NAE_ERA_R-2632_ENSV_TA_Emakeele_Selts_1945-1955, lk 117
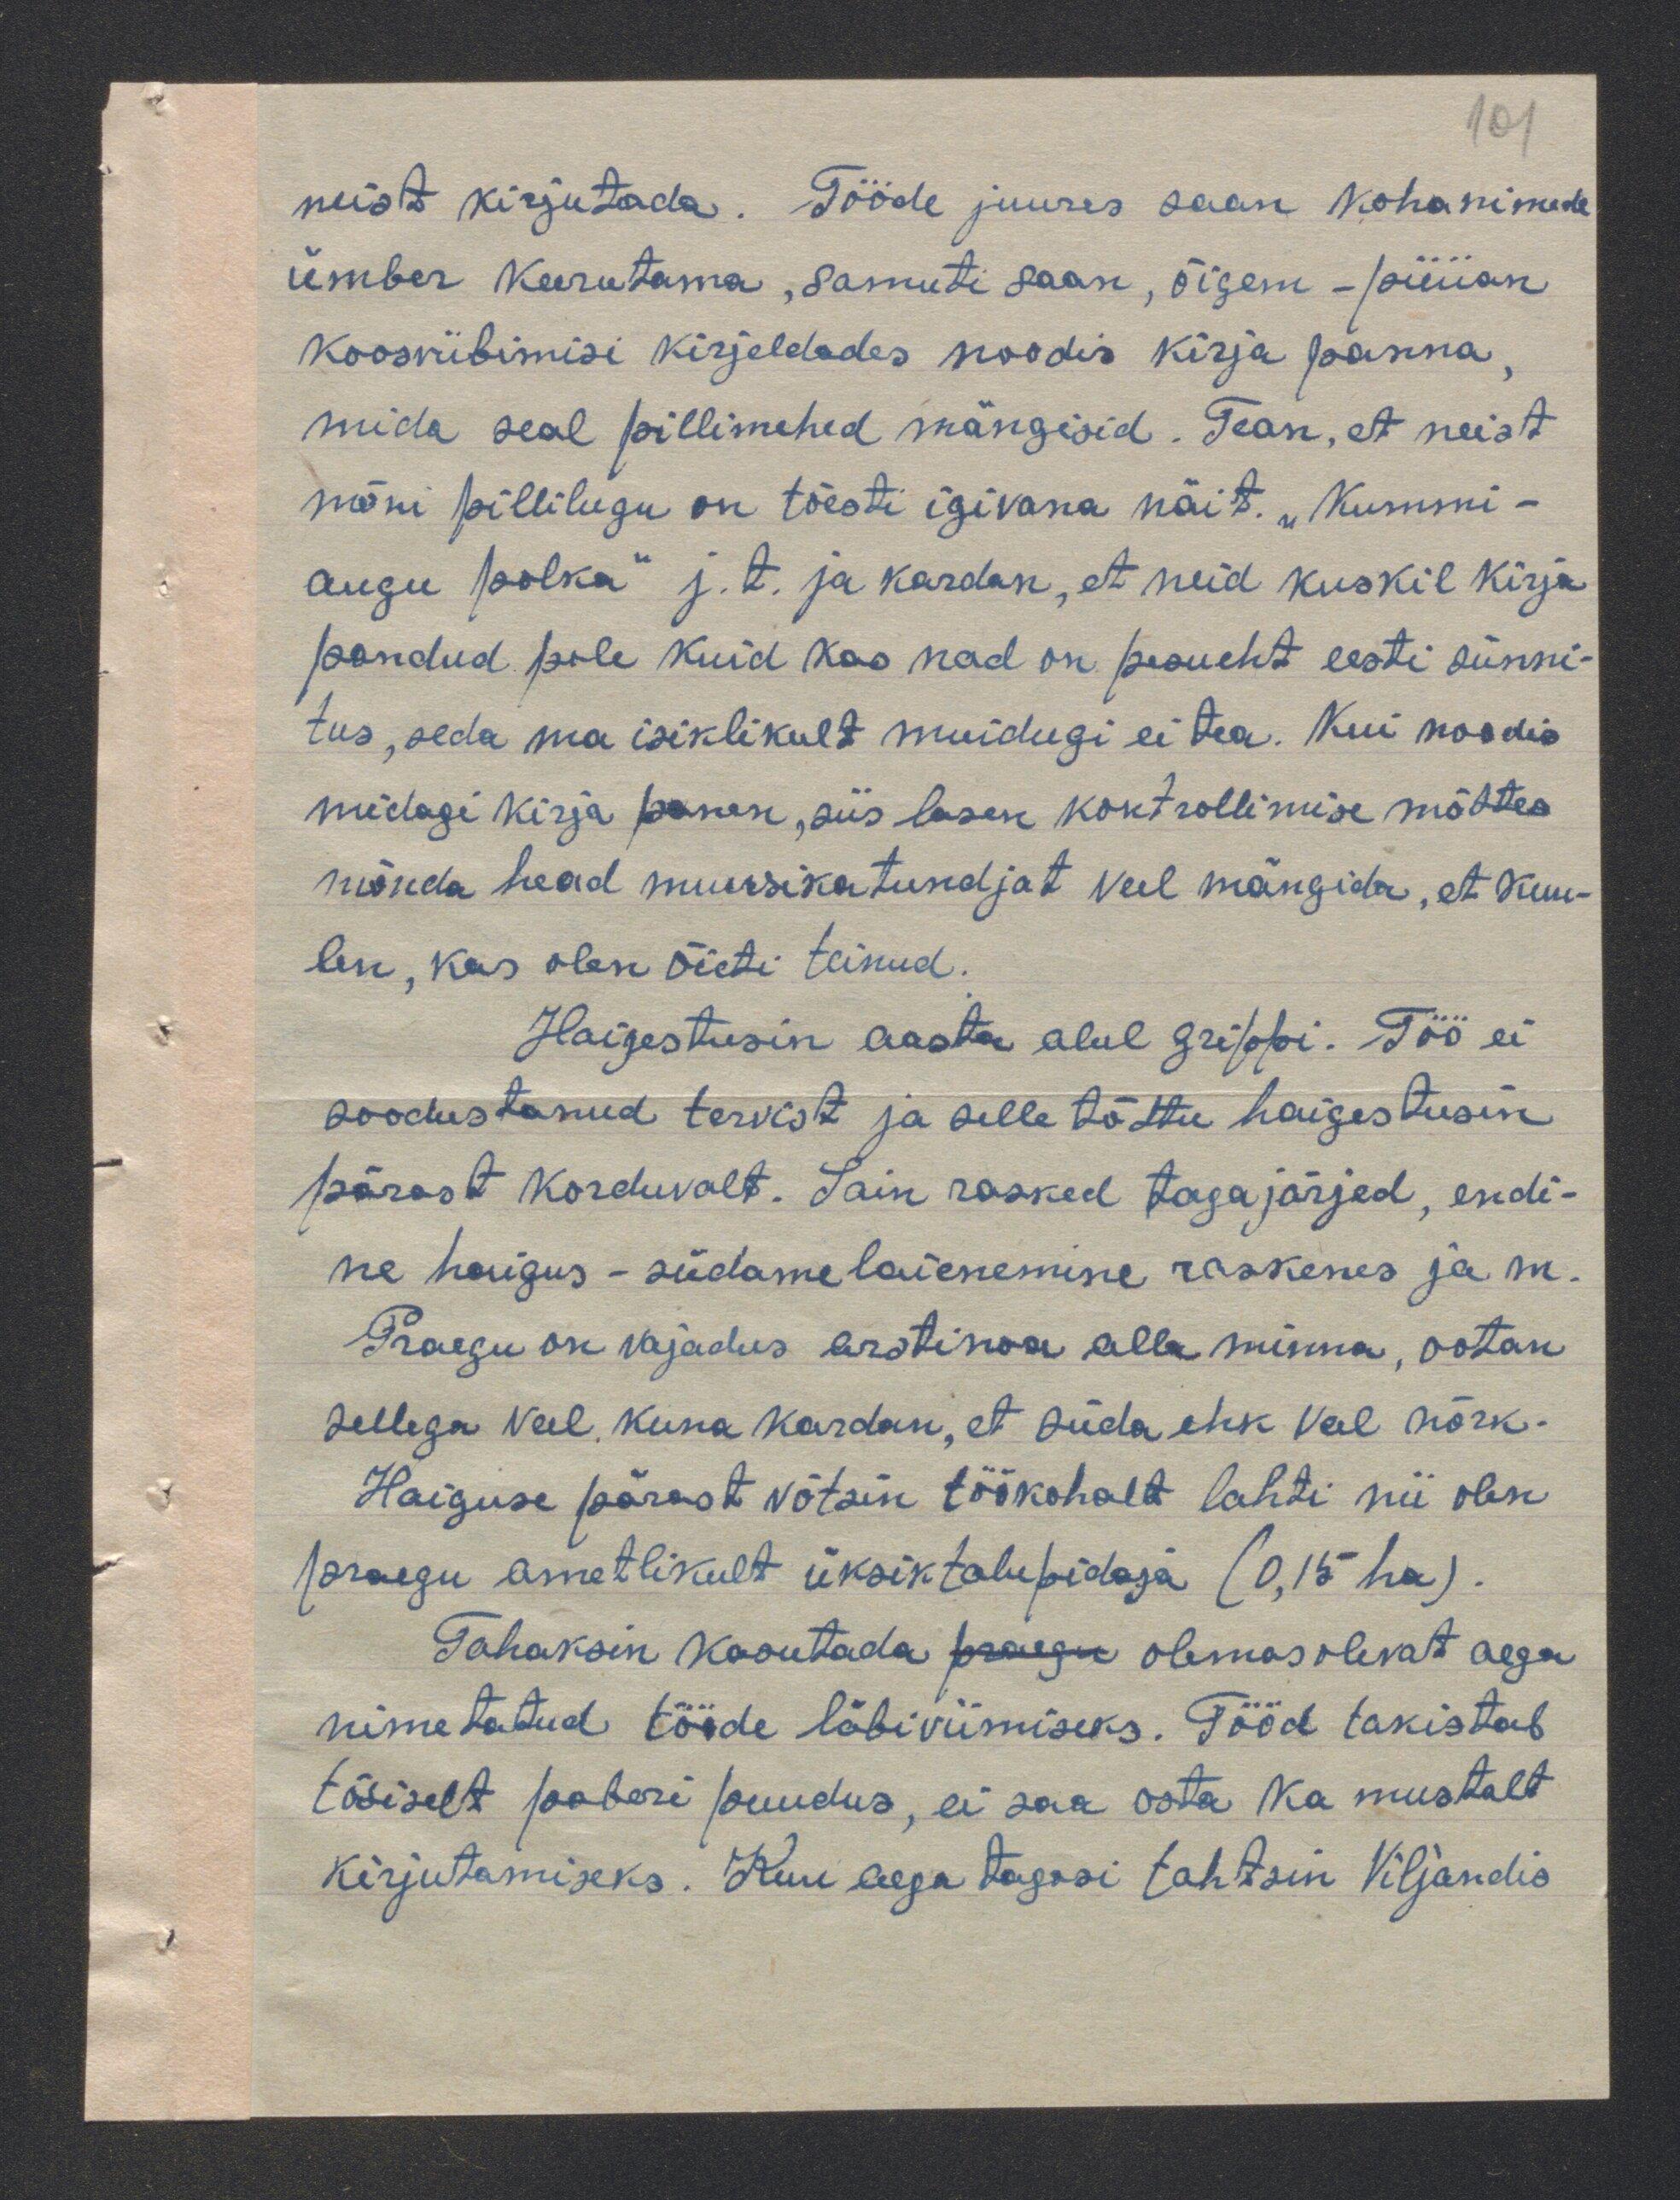
101
neist kirjutada. Tööde juures saan kohanimede
ümber keerutama, samuti saan, õigem - püüan
koosviibimisi kirjeldades noodis kirja panna.
mida seal pillimehed mängisid. Tean, et neist
mõni pillilugu on tõesti igivana näit. „Kummi-
augu polka" j. t. ja kardan, et neid kuskil kirja
pandud pole kuid kas nad on pesueht eesti sünni-
tus, seda ma isiklikult muidugi ei tea. Kui noodis
midagi kirja panen, siis lasen kontrollimise mõttes
mõnda head muusikatundjat veel mängida, et kuu-
len, kas olen õieti teinud.
Haigestusin aasta alul grippi. Töö ei
soodustanud tervist ja selle tõttu haigestusin
pärast korduvalt. Sain rasked tagajärjed, endi-
ne haigus - südame laienemine raskenes ja m
Praegu on vajadus arstinoa alla minna, ootan
sellega veel, kuna kardan, et süda ehk veel nõrk.
Haiguse pärast võtsin töökohalt lahti nii olen
praegu ametlikult üksiktalupidaja (0,15 ha).
Tahaksin koontada praegu olemas olevat aega
nimetatud tööde läbiviimiseks. Tööd takistab
tõsiselt paberi puudus, ei saa osta ka mustalt
kirjutamiseks. Kuu aega tagasi tahtsin Viljandis